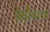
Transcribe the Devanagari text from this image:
पेड़ोंवाला